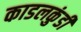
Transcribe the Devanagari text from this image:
काडलकुंडी